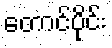
တောင်ပိုင်း